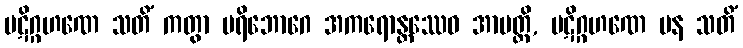
ပဋိဂ္ဂဟဏေ သတိံ ကတွာ ပရိဘောဂေ အကရောန္တဿေဝ အာပတ္တိ, ပဋိဂ္ဂဟဏေ ပန သတိံ